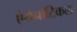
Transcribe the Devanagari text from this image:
ऐरोनॉटिकल